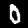
Digit: 0